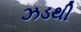
ઝડથી